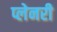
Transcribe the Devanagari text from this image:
प्लेनरी